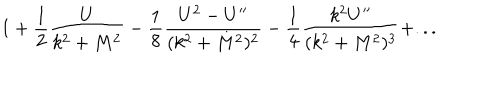
1 + { \frac { 1 } { 2 } } { \frac { U } { k ^ { 2 } + M ^ { 2 } } } - { \frac { 1 } { 8 } } { \frac { U ^ { 2 } - U ^ { \prime \prime } } { ( k ^ { 2 } + M ^ { 2 } ) ^ { 2 } } } - { \frac { 1 } { 4 } } { \frac { k ^ { 2 } U ^ { \prime \prime } } { ( k ^ { 2 } + M ^ { 2 } ) ^ { 3 } } } + . . .